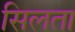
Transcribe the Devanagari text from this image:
सिलता